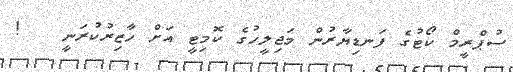
ސުޕްރީމް ކޯޓުގެ ފަނޑިޔާރުން މަޖިލީހުގެ ކޮމިޓީ އަށް ހާޒިރުކުރަނީ   !